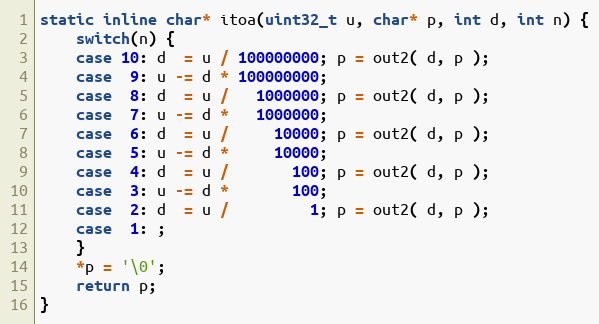
Language: C
static inline char* itoa(uint32_t u, char* p, int d, int n) {
    switch(n) {
    case 10: d  = u / 100000000; p = out2( d, p );
    case  9: u -= d * 100000000;
    case  8: d  = u /   1000000; p = out2( d, p );
    case  7: u -= d *   1000000;
    case  6: d  = u /     10000; p = out2( d, p );
    case  5: u -= d *     10000;
    case  4: d  = u /       100; p = out2( d, p );
    case  3: u -= d *       100;
    case  2: d  = u /         1; p = out2( d, p );
    case  1: ;
    }
    *p = '\0';
    return p;
}